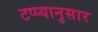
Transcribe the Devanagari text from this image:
टप्प्यानुसार